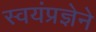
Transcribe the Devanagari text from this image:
स्वयंप्रज्ञेने